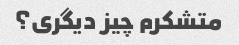
متشکرم چیز دیگری؟